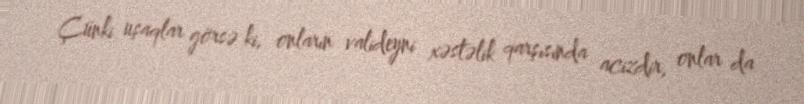
Çünki uşaqlar görsə ki, onların valideyni xəstəlik qarşısında acizdir, onlar da